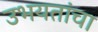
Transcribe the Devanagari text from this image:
उभयतांचा